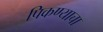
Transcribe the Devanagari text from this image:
पिकण्याचा